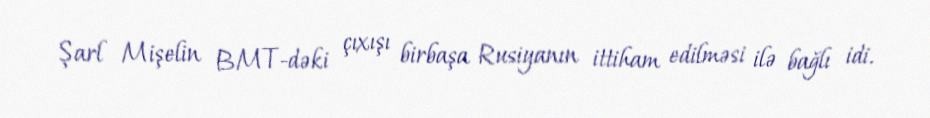
Şarl Mişelin BMT-dəki çıxışı birbaşa Rusiyanın ittiham edilməsi ilə bağlı idi.